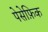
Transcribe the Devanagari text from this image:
पेसेफ़िक